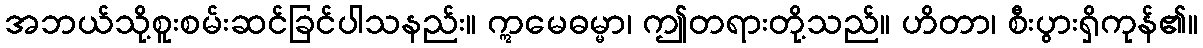
အဘယ်သို့စူးစမ်းဆင်ခြင်ပါသနည်း။ ဣမေဓမ္မာ၊ ဤတရားတို့သည်။ ဟိတာ၊ စီးပွားရှိကုန်၏။